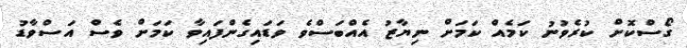
ގޯސްކޮށް ކުރެވުނު ކަމެއް ކަމަށް ނިޔާޒު އެއްބަސްވެ ވަޑައިގެންފައިވާ ކަމަށް ވެސް އަސްވާޑު